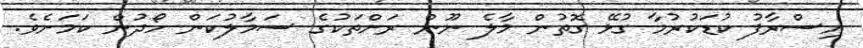
އިސްރާފު ކުޑަކުރުމާ ގުޅޭ ގޮތުން މާލެ ނޫން ރަށްތަކުގެ ސަމާލުކަން ހޯދުން ކަމަށެވެ.